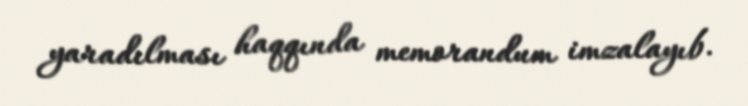
yaradılması haqqında memorandum imzalayıb.